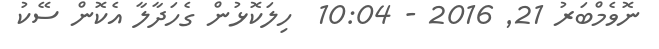
ނޮވެމްބަރު 21